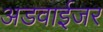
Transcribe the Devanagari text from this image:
अडवाईजर